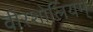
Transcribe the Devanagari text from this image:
वीरशोलियम्